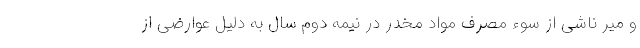
و میر ناشی از سوء مصرف مواد مخدر در نیمه دوم سال به دلیل عوارضی از